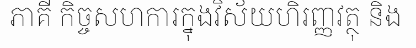
ភាគី កិច្ចសហការក្នុងវិស័យហិរញ្ញវត្ថុ និង